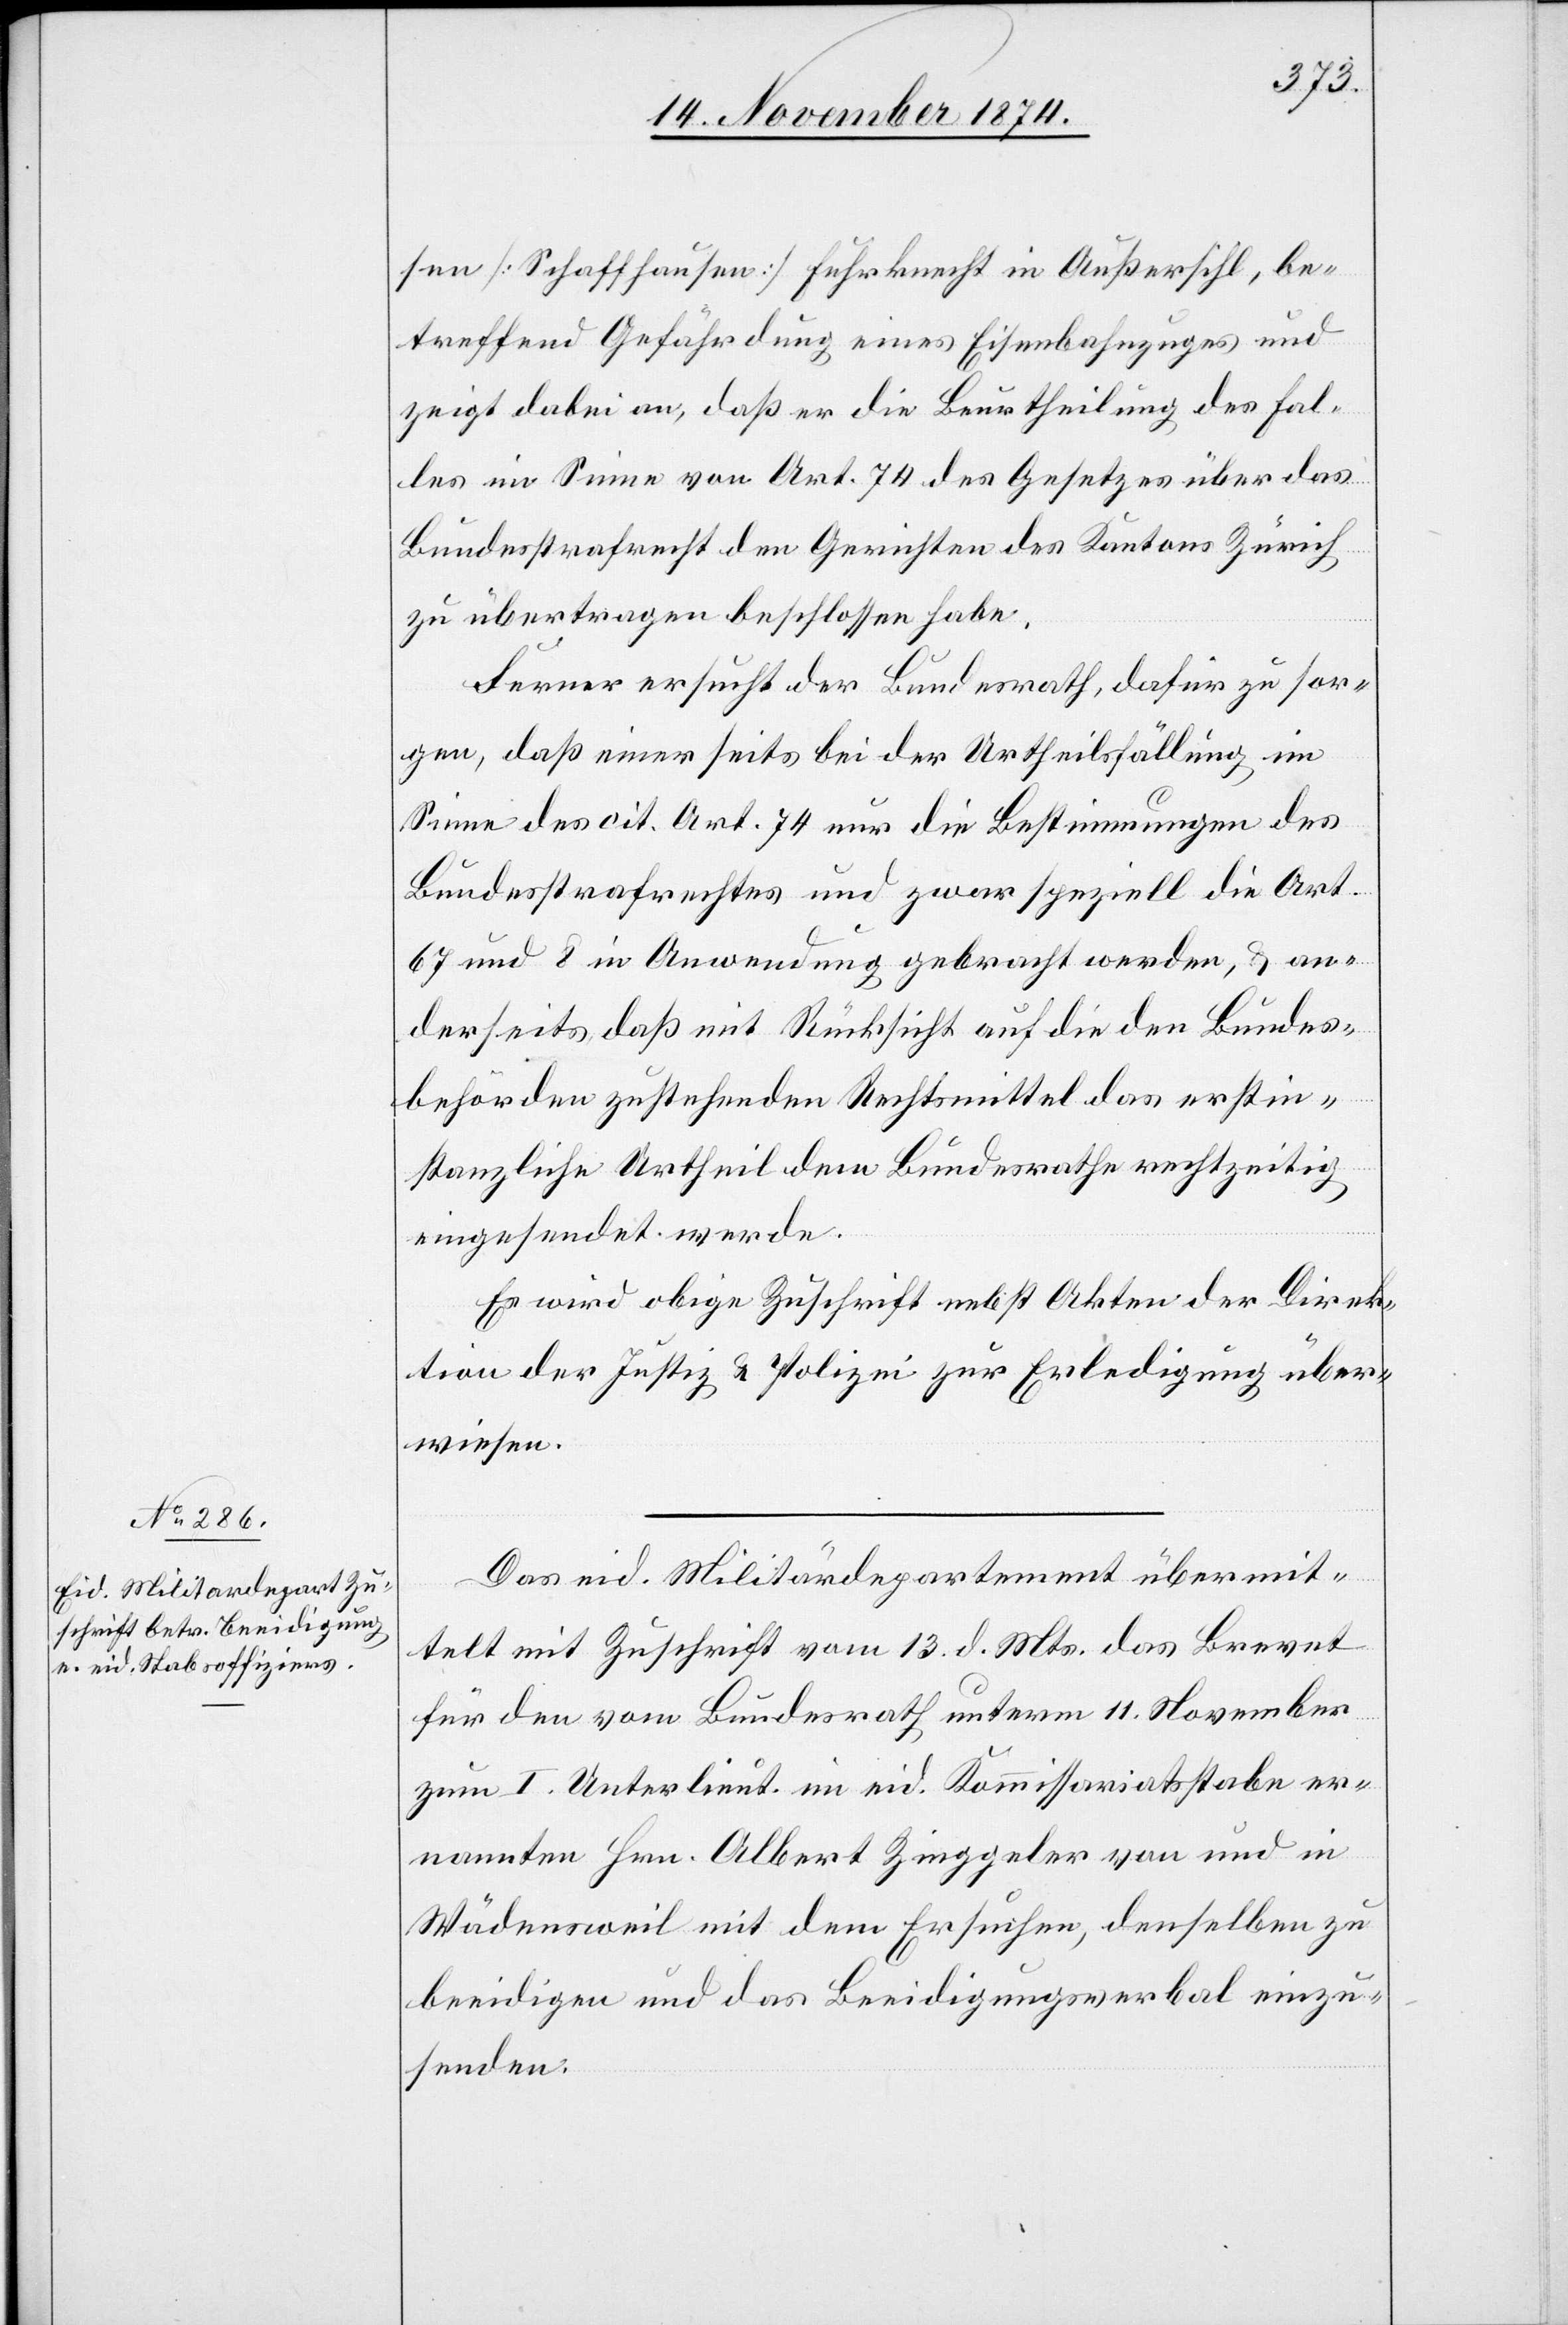
sen [Schaffhausen] Fuhrknecht in Außersihl, be¬
treffend Gefährdung eines Eisenbahnzuges und
zeigt dabei an, daß er die Beurtheilung des Fal¬
les im Sinne von Art. 74 des Gesetzes über das
Bundesstrafrecht den Gerichten des Kantons Zürich
zu übertragen beschlossen habe.
Ferner ersucht der Bundesrath, dafür zu sor¬
gen, daß einerseits bei der Urtheilsfällung im
Sinne des cit. Art. 74 nur die Bestimmungen des
Bundesstrafrechtes und zwar speziell die Art.
67 und 8 in Anwendung gebracht werden, & an¬
derseits, daß mit Rücksicht auf die den Bundes¬
behörden zustehenden Rechtsmittel das erstin¬
stanzliche Urtheil dem Bundesrathe rechtzeitig
eingesendet werde.
Es wird obige Zuschrift nebst Akten der Direk¬
tion der Justiz & Polizei zur Erledigung über¬
wiesen.
Das eid. Militärdepartement übermit¬
telt mit Zuschrift vom 13. d. Mts. das Brevet
für den vom Bundesrath unterm 11. November
zum I. Unterlieut. im eid. Kommissariatsstabe er¬
nannten Hrn. Albert Zinggeler von und in
Wädensweil mit dem Ersuchen, denselben zu
beeidigen und das Beeidigungswerbal einzu¬
senden.